Vaccination Hyderabad 1890-1903 - 1890-1903
Year: 1890
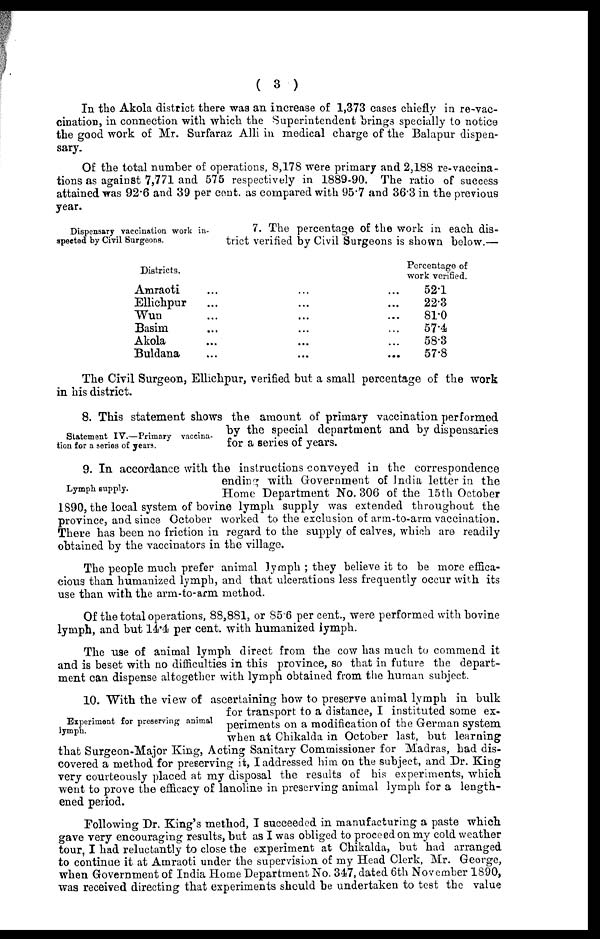
( 3 )
In the Akola district there was an increase of 1,373 cases chiefly in re-vac-
cination, in connection with which the Superintendent brings specially to notice
the good work of Mr. Surfaraz Alli in medical charge of the Balapur dispen-
sary.
Of the total number of operations, 8,178 were primary and 2,188 re-vaccina-
tions as against 7,771 and 575 respectively in 1889-90. The ratio of success
attained was 92.6 and 39 per cent. as compared with 95.7 and 36.3 in the previous
year.
Dispensary vaccination work in-
spected by Civil Surgeons.
7. The percentage of the work in each dis-
trict verified by Civil Surgeons is shown below.—
Districts.
Amraoti ... ... ...
Ellichpur ... ... ...
Wun ... ... ...
Basim ... ... ...
Akola ... ... ...
Buldana ... ... ...
Percentage of
work verified.
52.1
22.3
81.0
57.4
58.3
57.8
The Civil Surgeon, Ellichpur, verified but a small percentage of the work
in his district.
Statement IV.—Primary vaccina-
tion for a series of years.
8. This statement shows the amount of primary vaccination performed
by the special department and by dispensaries
for a series of years.
Lymph supply.
9. In accordance with the instructions conveyed in the correspondence
ending with Government of India letter in the
Home Department No. 306 of the 15th October
1890, the local system of bovine lymph supply was extended throughout the
province, and since October worked to the exclusion of arm-to-arm vaccination.
There has been no friction in regard to the supply of calves, which are readily
obtained by the vaccinators in the village.
The people much prefer animal lymph ; they believe it to be more effica-
cious than humanized lymph, and that ulcerations less frequently occur with its
use than with the arm-to-arm method.
Of the total operations, 88,881, or 85.6 per cent., were performed with bovine
lymph, and but 14.4 per cent. with humanized lymph.
The use of animal lymph direct from the cow has much to commend it
and is beset with no difficulties in this province, so that in future the depart-
ment can dispense altogether with lymph obtained from the human subject.
Experiment for preserving animal
lymph.
10. With the view of ascertaining how to preserve animal lymph in bulk
for transport to a distance, I instituted some ex-
periments on a modification of the German system
when at Chikalda in October last, but learning
that Surgeon-Major King, Acting Sanitary Commissioner for Madras, had dis-
covered a method for preserving it, I addressed him on the subject, and Dr. King
very courteously placed at my disposal the results of his experiments, which
went to prove the efficacy of lanoline in preserving animal lymph for a length-
ened period.
Following Dr. King's method, I succeeded in manufacturing a paste which
gave very encouraging results, but as I was obliged to proceed on my cold weather
tour, I had reluctantly to close the experiment at Chikalda, but had arranged
to continue it at Amraoti under the supervision of my Head Clerk, Mr. George,
when Government of India Home Department No. 347, dated 6th November 1890,
was received directing that experiments should be undertaken to test the value